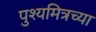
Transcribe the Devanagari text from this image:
पुश्यमित्रच्या